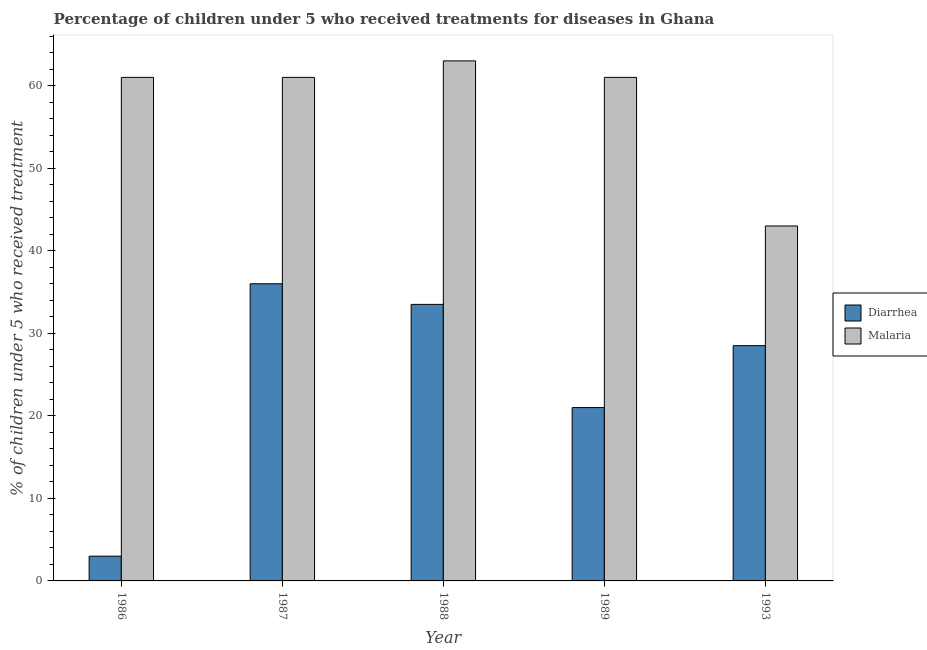
| Year | Diarrhea | Malaria |
 | --- | --- | --- |
 | 1986 | 3 | 61 |
 | 1987 | 36 | 61 |
 | 1988 | 33.5 | 63 |
 | 1989 | 21 | 61 |
 | 1993 | 28.5 | 43 |